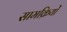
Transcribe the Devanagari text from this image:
सामक्रियों